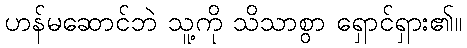
ဟန်မဆောင်ဘဲ သူ့ကို သိသာစွာ ရှောင်ရှား၏။